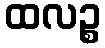
ထလဉ္စ